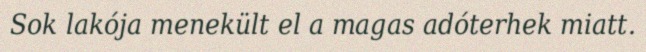
Sok lakója menekült el a magas adóterhek miatt.